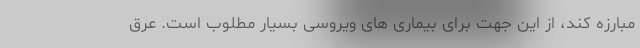
مبارزه کند، از این جهت برای بیماری های ویروسی بسیار مطلوب است. عرق